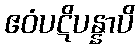
ဧဝံပဋိပန္နာပိ